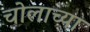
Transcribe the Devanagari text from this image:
चोलाच्या